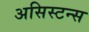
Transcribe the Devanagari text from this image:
असिस्टन्स